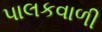
પાલકવાળી